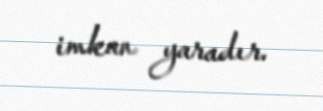
imkan yaradır.